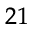
_ { 2 1 }